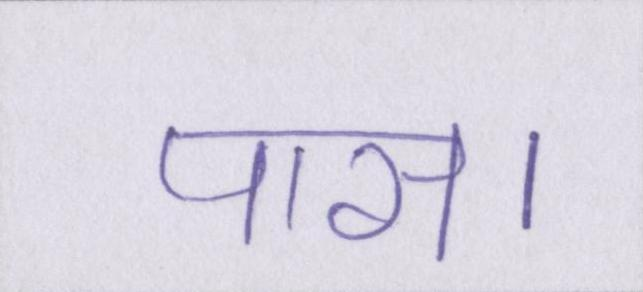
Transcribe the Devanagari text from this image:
पास।